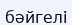
бәйгелі